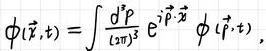
\(\phi(\vec{r},t)=\int \frac{d^{3}p}{(2\pi)^{3}} e^{i\vec{p}\cdot\vec{x}} \phi(\vec{p},t)\)